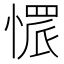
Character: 𢟿